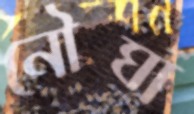
নৌঘা